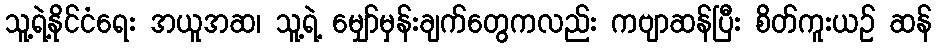
သူ့ရဲ့နိုင်ငံရေး အယူအဆ၊ သူ့ရဲ့ မျှော်မှန်းချက်တွေကလည်း ကဗျာဆန်ပြီး စိတ်ကူးယဉ် ဆန်